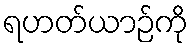
ရဟတ်ယာဉ်ကို